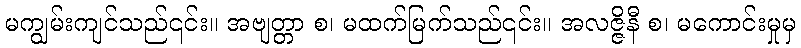
မကျွမ်းကျင်သည်၎င်း။ အဗျတ္တာ စ၊ မထက်မြက်သည်၎င်း။ အလဇ္ဇိနီ စ၊ မကောင်းမှုမှ